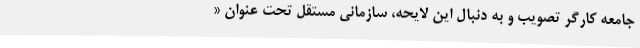
جامعه کارگر تصویب و به دنبال این لایحه، سازمانی مستقل تحت عنوان «